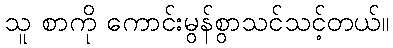
သူ စာကို ကောင်းမွန်စွာသင်သင့်တယ်။